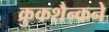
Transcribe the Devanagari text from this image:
क्रुकशैन्कने